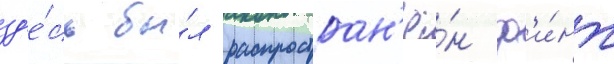
зд'е́сь бы́л распростран'ё́н ф'и́нт